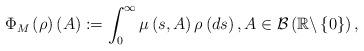
LaTeX: \begin{align*}\Phi _{M}\left( \rho \right) \left( A\right) :=\int_{0}^{\infty }\mu \left(s,A\right) \rho \left( ds\right) ,A\in \mathcal{B}\left( \mathbb{R}\backslash \left\{ 0\right\} \right) , \end{align*}